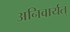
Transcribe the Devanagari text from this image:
अनिवार्यत्